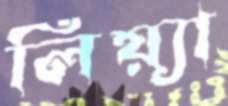
লিয়্যা